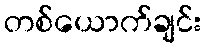
တစ်ယောက်ချင်း